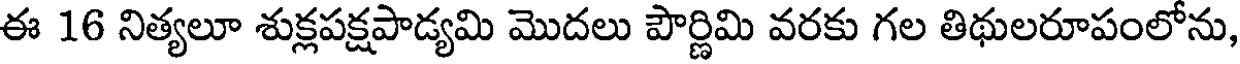
ఈ 16 నిత్యలూ శుక్లపక్షపాడ్యమి మొదలు పౌర్ణిమి వరకు గల తిథులరూపంలోను,